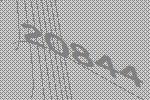
20844